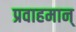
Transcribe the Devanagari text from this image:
प्रवाहमान्